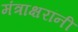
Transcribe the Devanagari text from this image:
मंत्राक्षरांनी